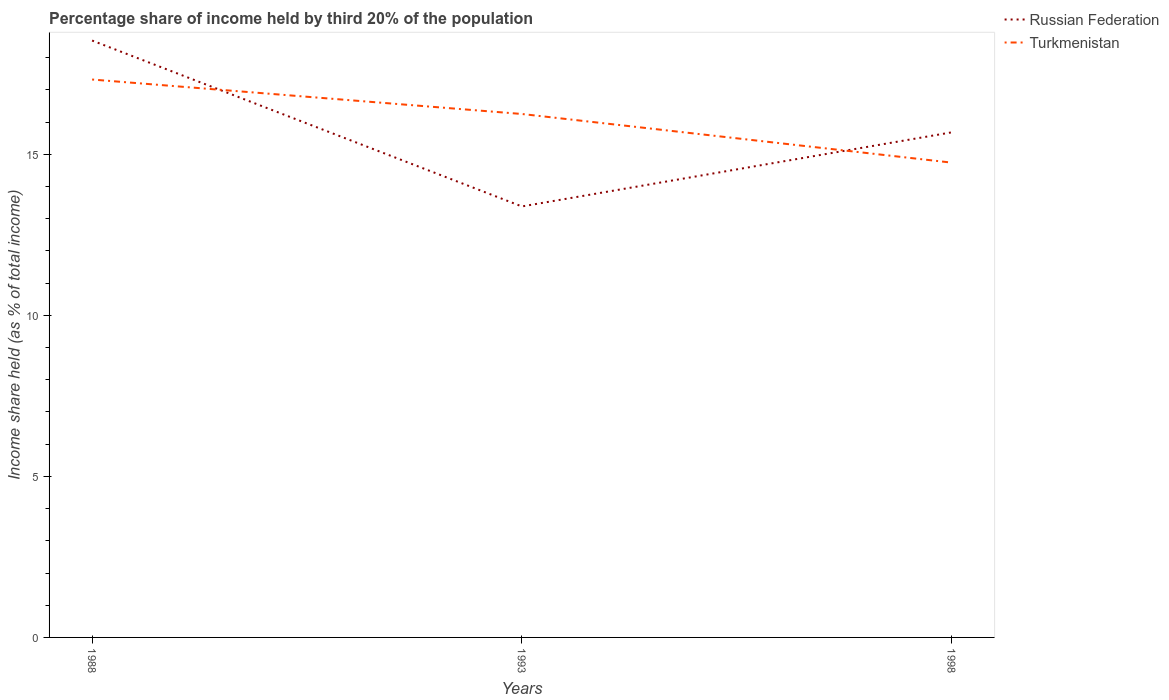
| Years | Russian Federation | Turkmenistan |
 | --- | --- | --- |
 | 1988 | 18.5 | 17.3 |
 | 1993 | 13.4 | 16.2 |
 | 1998 | 15.7 | 14.7 |